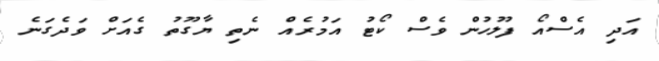
އަދި އެސްއޯ ފުލުހުން ވެސް ކޯޓު އަމުރެއް ނެތި ޔާގޫތު ގެއަށް ވަދެގަނެ